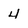
Character: 4